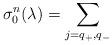
LaTeX: \begin{align*}\sigma_{0}^{n}(\lambda) = \sum_{j= q_{+}, q_{-}}\end{align*}